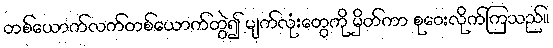
တစ်ယောက်လက်တစ်ယောက်တွဲ၍ မျက်လုံးတွေကို မှိတ်ကာ စုဝေးလိုက်ကြသည်။